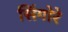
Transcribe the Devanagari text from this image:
सिंगोरे